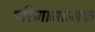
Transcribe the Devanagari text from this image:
परिणामात्‍मक